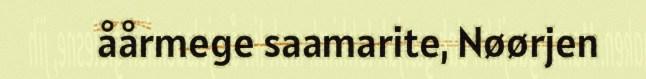
åårmege saamarite, Nøørjen